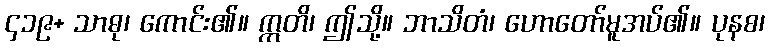
၄၁၉+ သာဓု၊ ကောင်း၏။ ဣတိ၊ ဤသို့။ ဘာသိတံ၊ ဟောတော်မူအပ်၏။ ပုနစ၊